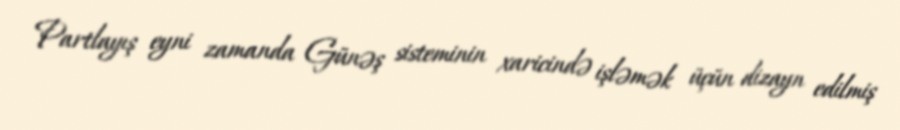
Partlayış eyni zamanda Günəş sisteminin xaricində işləmək üçün dizayn edilmiş